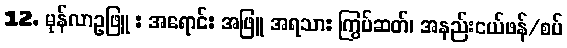
12. မုန်လာဥဖြူ : အရောင်: အဖြူ အရသာ: ကြွပ်ဆတ်၊ အနည်းငယ်ဖန်/စပ်